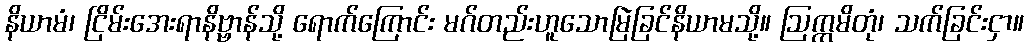
နိယာမံ၊ ငြိမ်းအေးရာနိဗ္ဗာန်သို့ ရောက်ကြောင်း မဂ်တည်းဟူသောမြဲခြင်နိယာမသို့။ ဩက္ကမိတုံ၊ သက်ခြင်းငှာ။